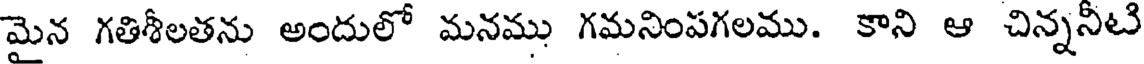
మైన గతిశీలతను అందులో మనము గమనింపగలము. కాని ఆ చిన్ననీటి